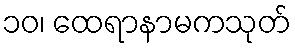
၁၀၊ ထေရာနာမကသုတ်